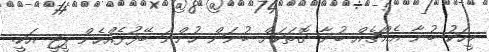
މީހަކު ބުނާ އެއްޗެއް ބުނާ ގޮތަކަށް ބުނަން ހުންނަ ބޭފުޅެއްހެން ޕީޖީ އަކީ.